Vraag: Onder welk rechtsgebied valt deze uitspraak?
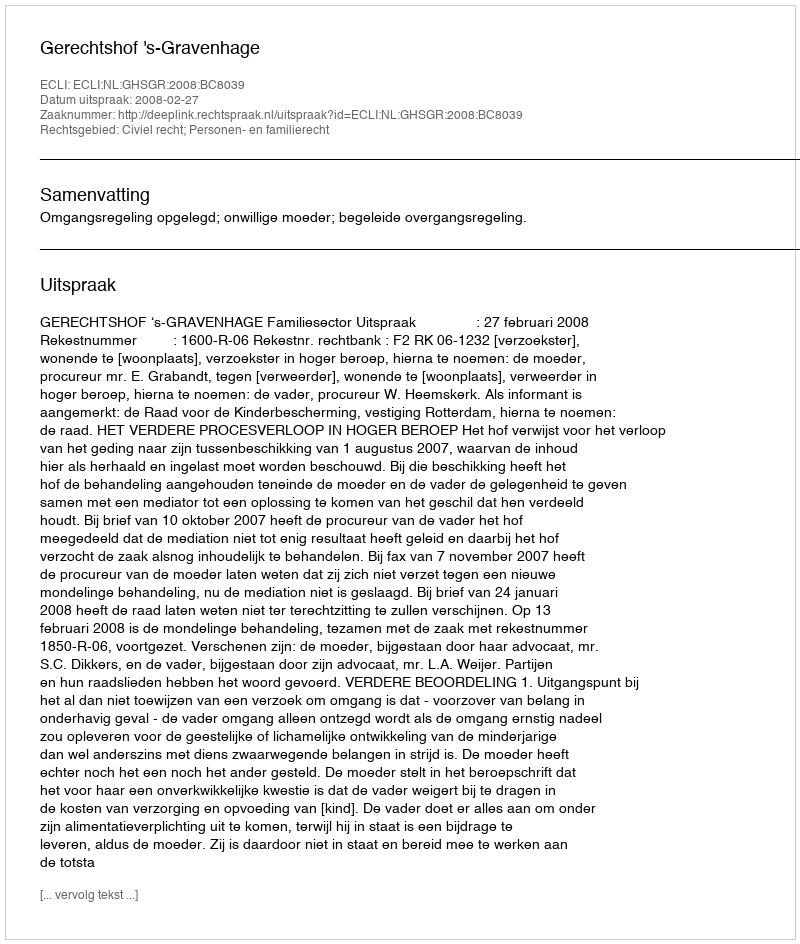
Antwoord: Civiel recht; Personen- en familierecht